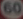
60